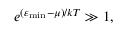
e ^ { ( \varepsilon _ { \mathrm { { m i n } } } - \mu ) / k T } \gg 1 ,